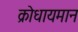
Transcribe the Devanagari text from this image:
क्रोधायमान